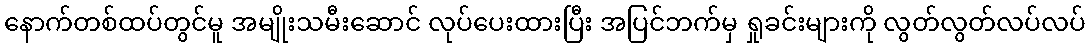
နောက်တစ်ထပ်တွင်မူ အမျိုးသမီးဆောင် လုပ်ပေးထားပြီး အပြင်ဘက်မှ ရှုခင်းများကို လွတ်လွတ်လပ်လပ်